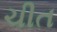
ચીત